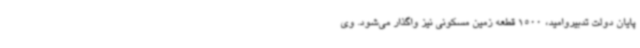
پایان دولت تدبیروامید، 1500 قطعه زمین مسکونی نیز واگذار می‌شود. وی